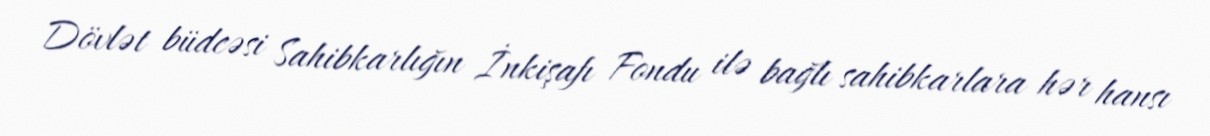
Dövlət büdcəsi Sahibkarlığın İnkişafı Fondu ilə bağlı sahibkarlara hər hansı